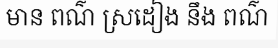
មាន ពណ៌ ស្រដៀង នឹង ពណ៌